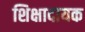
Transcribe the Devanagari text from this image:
शिक्षादायक